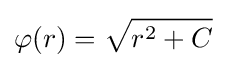
\varphi (r)={\sqrt {r^{2}+C}}